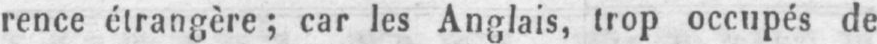
rence étrangère; car les Anglais, trop occupés de